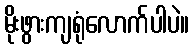
မိုးဖွားကျရုံလောက်ပါပဲ။